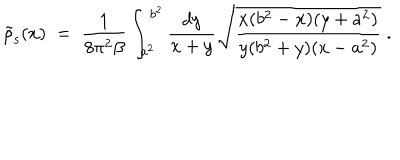
\tilde { \rho } _ { \mathrm { s } } ( x ) \; = \; { \frac { 1 } { 8 \pi ^ { 2 } \beta } } \int _ { a ^ { 2 } } ^ { b ^ { 2 } } { \frac { d y } { x + y } } \sqrt { { \frac { x ( b ^ { 2 } - x ) ( y + a ^ { 2 } ) } { y ( b ^ { 2 } + y ) ( x - a ^ { 2 } ) } } } \; .